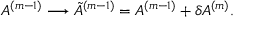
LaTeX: A ^ { ( m - 1 ) } \longrightarrow { \tilde { A } } ^ { ( m - 1 ) } = A ^ { ( m - 1 ) } + { \delta A ^ { ( m ) } } .